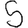
Digit: 5